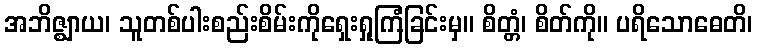
အဘိဇ္ဈာယ၊ သူတစ်ပါးစည်းစိမ်းကိုရှေးရှုကြံခြင်းမှ။ စိတ္တံ၊ စိတ်ကို။ ပရိသောဓေတိ၊